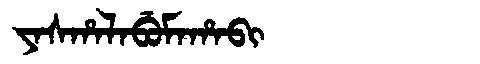
Manchu: ᠶᠠᠰᡥᠠᠯᠠᠪᡠᠮᠠᡥᠠᠪᡳ
Romanization: YASHALABUMAHABI